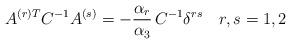
LaTeX: \begin{align*}A^{(r) T} C^{-1} A^{(s)} = - {\alpha_r \over \alpha_3}\, C^{-1}\delta^{rs} \quad r,s = 1,2\end{align*}